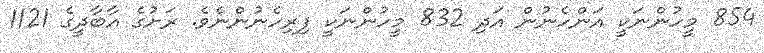
854 މީހުންނަކީ އަންހެނުން އަދި 832 މީހުންނަކީ ފިރިހެނުންނެވެ. ރަށުގެ އާބާދީގެ 1121